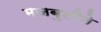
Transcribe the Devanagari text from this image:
मजबुतीने